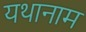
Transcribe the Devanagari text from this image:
यथानाम